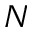
N